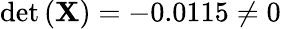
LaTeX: \operatorname*{det}\left(\mathbf{X}\right)=-0.0115\neq 0